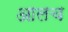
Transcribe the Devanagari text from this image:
आलच